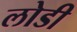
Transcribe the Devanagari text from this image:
लोडी